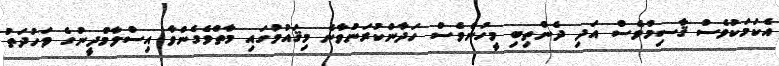
އެކަމަކުވެސް ޤާސިމްވެސް އަދި ދެންތިބި މީހުންވެސް ހަދާންކުރަންވާނެ މިޤައުމުގައި މާތްވެގެންވާ އިސްލާމްދީނުގެ ވަހުދަތު